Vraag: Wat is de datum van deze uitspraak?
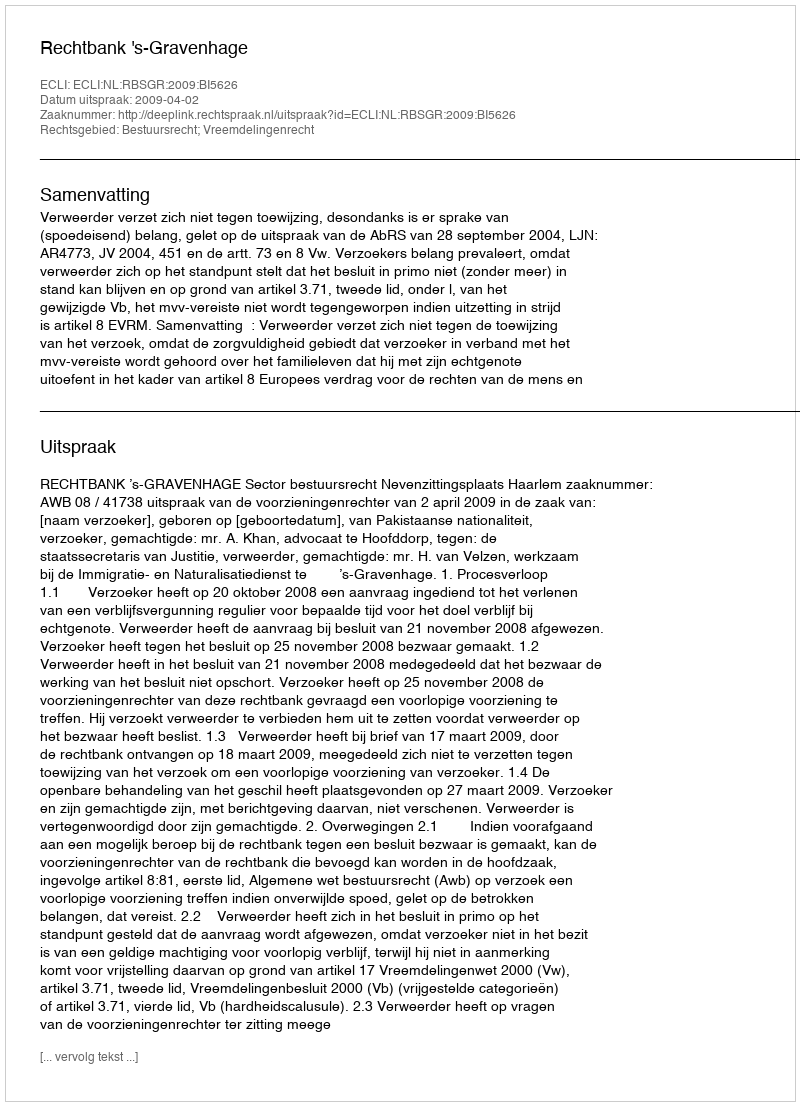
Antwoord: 2009-04-02